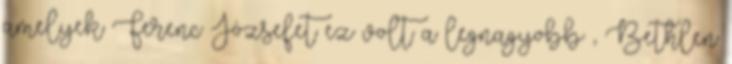
amelyek Ferenc Józsefet ez volt a legnagyobb , Bethlen